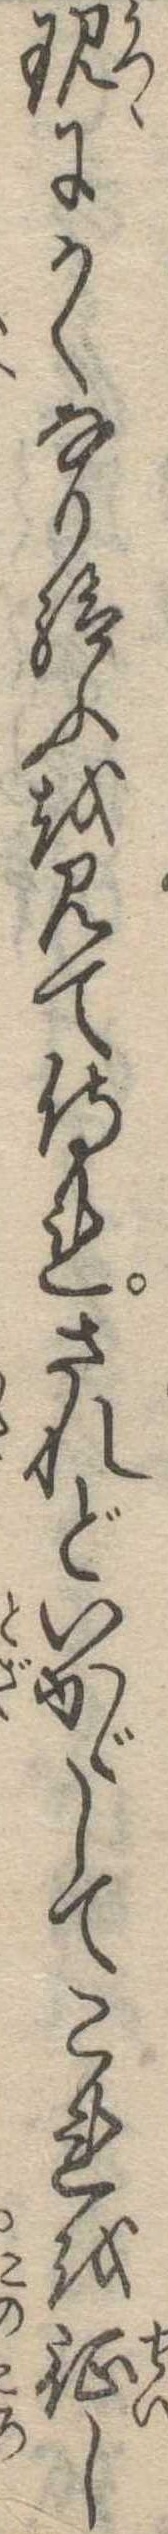
現にかくなり給ふを見て侍れされどいかゞしてこれを征し